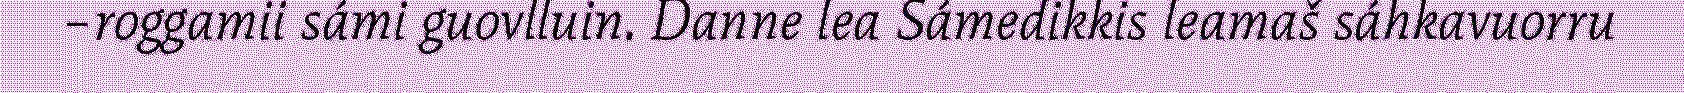
–roggamii sámi guovlluin. Danne lea Sámedikkis leamaš sáhkavuorru